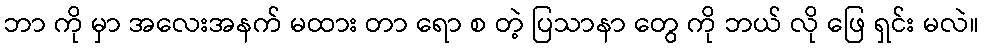
ဘာ ကို မှာ အလေးအနက် မထား တာ ရော စ တဲ့ ပြသာနာ တွေ ကို ဘယ် လို ဖြေ ရှင်း မလဲ။